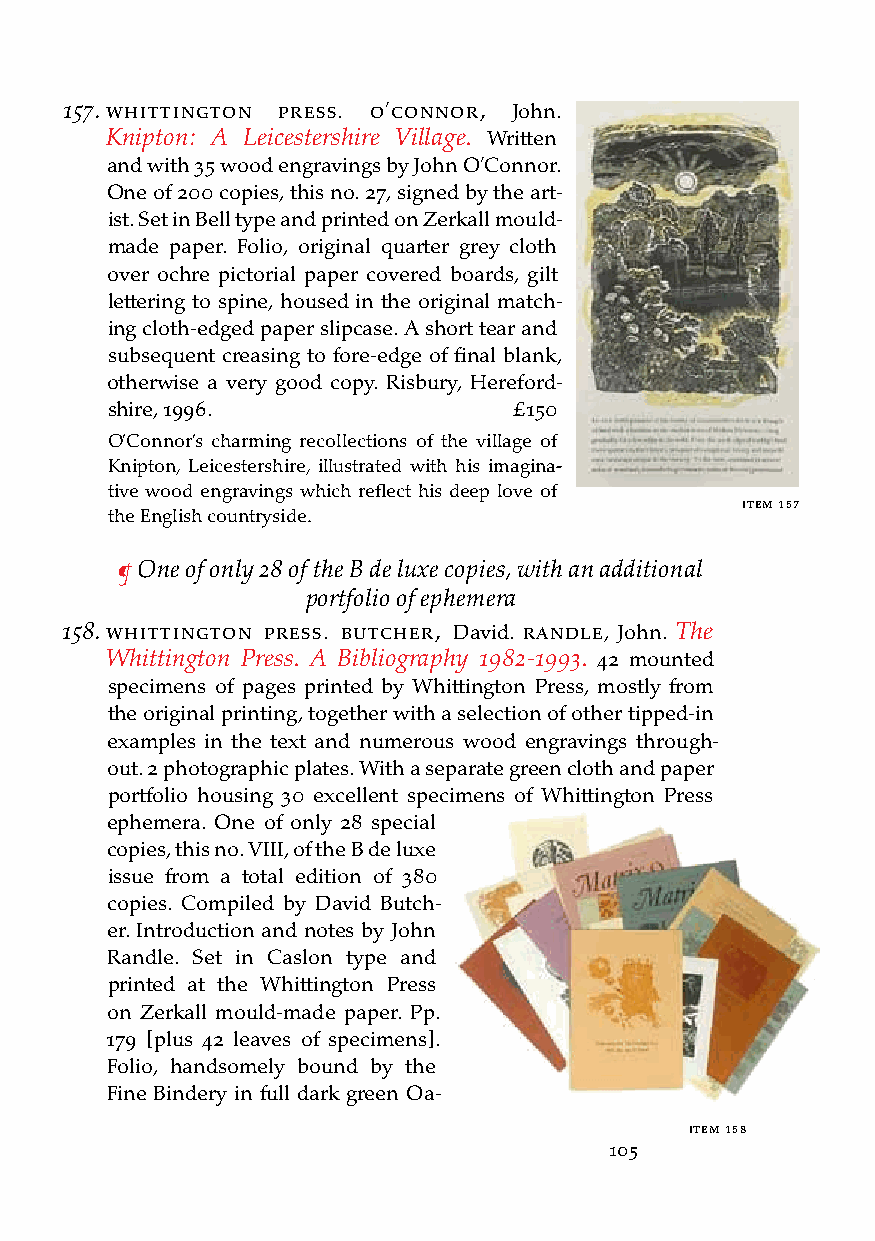
157. WHittington Press. o’connor, John.
 Knipton: A Leicestershire Village. Written
 and with 35 wood engravings by John O’Connor.
 One of 200 copies, this no. 27, signed by the art-
 ist. Set in Bell type and printed on Zerkall mould-
 made paper. Folio, original quarter grey cloth
 over ochre pictorial paper covered boards, gilt
 lettering to spine, housed in the original match-
 ing cloth-edged paper slipcase. A short tear and
 subsequent creasing to fore-edge of final blank,
 otherwise a very good copy. Risbury, Hereford-
 shire, 1996.               £150
 O’Connor’s charming recollections of the village of
 Knipton, Leicestershire, illustrated with his imagina-
 tive wood engravings which reflect his deep love of
 iteM 157
 the English countryside.
 ¶ One of only 28 of the B de luxe copies, with an additional
 portfolio of ephemera
 158. WHittington Press. butcHer, David. randle, John. The
 Whittington Press. A Bibliography 1982-1993. 42 mounted
 specimens of pages printed by Whittington Press, mostly from
 the original printing, together with a selection of other tipped-in
 examples in the text and numerous wood engravings through-
 out. 2 photographic plates. With a separate green cloth and paper
 portfolio housing 30 excellent specimens of Whittington Press
 ephemera. One of only 28 special
 copies, this no. VIII, of the B de luxe
 issue from a total edition of 380
 copies. Compiled by David Butch-
 er. Introduction and notes by John
 Randle. Set in Caslon type and
 printed at the Whittington Press
 on Zerkall mould-made paper. Pp.
 179 [plus 42 leaves of specimens].
 Folio, handsomely bound by the
 Fine Bindery in full dark green Oa-
 iteM 158
 105